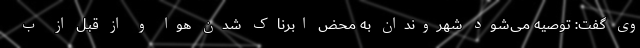
وی گفت: توصیه می‌شود شهروندان به محض ابرناک شدن هوا و از قبل از ب